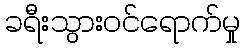
ခရီးသွားဝင်ရောက်မှု